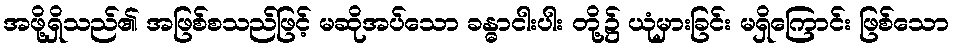
အဖို့ရှိသည်၏ အဖြစ်စသည်ဖြင့် မဆိုအပ်သော ခန္ဓာငါးပါး တို့၌ ယုံမှားခြင်း မရှိကြောင်း ဖြစ်သော